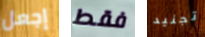
إجعل فقط تجنيد